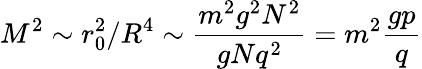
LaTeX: M^{2}\sim r_{0}^{2}/R^{4}\sim\frac{m^{2}g^{2}N^{2}}{gNq^{2}}=m^{2}\frac{gp}{q}